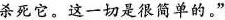
杀死它。这一切是很简单的。”